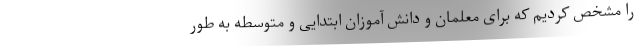
را مشخص کردیم که برای معلمان و دانش آموزان ابتدایی و متوسطه به طور